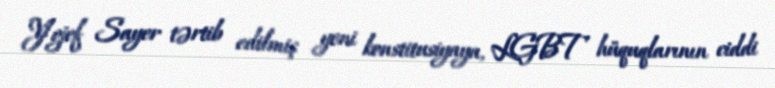
Yojef Sayer tərtib edilmiş yeni konstitusiyaya, LGBT hüquqlarının ciddi